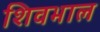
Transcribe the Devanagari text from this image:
शिवभाल